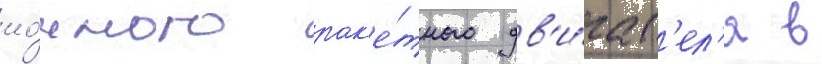
ио́нного рак'е́тного дв'и́гат'ел'я в